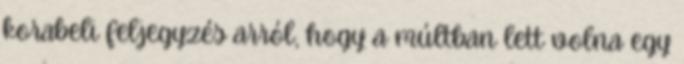
korabeli feljegyzés arról, hogy a múltban lett volna egy